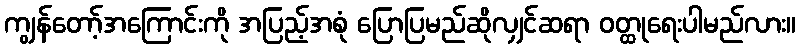
ကျွန်တော့်အကြောင်းကို အပြည့်အစုံ ပြောပြမည်ဆိုလျှင်ဆရာ ဝတ္ထုရေးပါမည်လား။